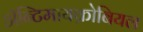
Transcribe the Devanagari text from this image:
ॲन्टिमायक्रोबियल